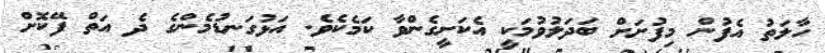
ހާލަތު އެފުން މިފުށަށް ބަދަލުވުމަކީ އެކަށީގެންވާ ކަމެކެވެ. އަޅުގަނޑުމެންގެ ދެ އަތް ފޭކޮށް